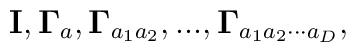
{\bf I},{\bf \Gamma }_{a},{\bf \Gamma }_{a_{1}a_{2}},...,{\bf\Gamma}_{a_{1}a_{2} \cdot \cdot \cdot a_{D}},